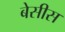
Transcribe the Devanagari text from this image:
बेसीस